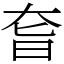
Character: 㚛